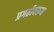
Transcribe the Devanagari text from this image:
प्रगतीवरून